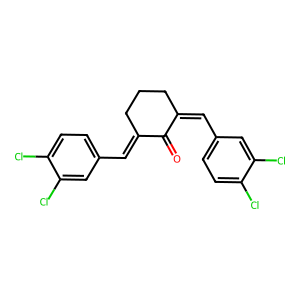
SMILES: O=C1C(=Cc2ccc(Cl)c(Cl)c2)CCCC1=Cc1ccc(Cl)c(Cl)c1
Inhibits HIV replication: No